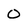
Character: 0